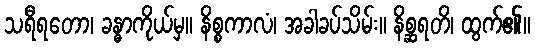
သရီရတော၊ ခန္ဓာကိုယ်မှ။ နိစ္စကာလံ၊ အခါခပ်သိမ်း။ နိစ္ဆရတိ၊ ထွက်၏။